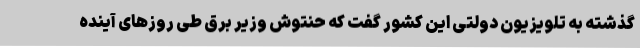
گذشته به تلویزیون دولتی این کشور گفت که حنتوش وزیر برق طی روزهای آینده